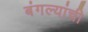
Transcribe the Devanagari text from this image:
बंगल्यांची